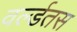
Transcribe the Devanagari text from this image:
वर्ल्डतस